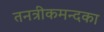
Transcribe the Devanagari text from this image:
तनत्रीकमन्दका